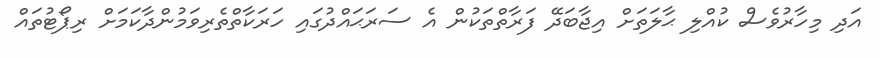
އަދި މިހާރުވެސް ކުއްލި ޙާލަތަށް އިޖާބަދޭ ފަރާތްތަކުން އެ ސަރަޙައްދުގައި ހަރަކާތްތެރިވަމުންދާކަމަށް ރިޕޯޓުތައް